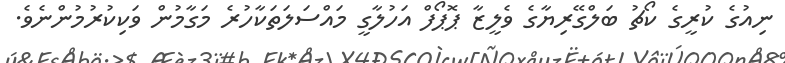
ނިއުގެ ކުރީގެ ކޯޗު ބަލްގޭރިޔާގެ ވެލީޒާ ޕޮޕޯފް އަހުލާގީ މައްސަލަތަކާހުރެ މަގާމުން ވަކިކުރުމުންނެވެ.